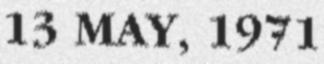
13 MAY, 1971